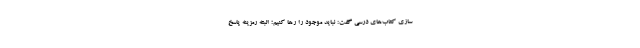
سازی کتاب‌های درسی گفت: نباید موجود را رها کنیم؛ البته رمزینه پاسخ